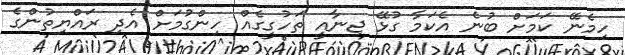
ހިމެނޭ ކަމަށް ބުނެ އެކަމާ ގުޅޭ ޖިނާއީ ތަހުގީގެއް ހިންގުމަށް އެދި ރައްޔިތުންގެ